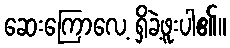
ဆေးကြောလေ့ ရှိခဲ့ဖူးပါ၏။